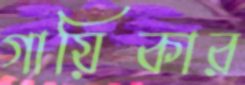
গায়িকার